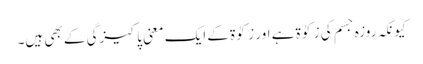
کیونکہ روزہ جسم کی زکوٰۃ ہے اور زکوٰۃ کے ایک معنی پاکیزگی کے بھی ہیں۔